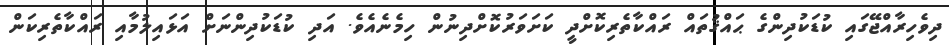
ދިވެހިރާއްޖޭގައި ކުޑަކުދިންގެ ޙައްޤުތައް ރައްކާތެރިކޮށްދީ ކަށަވަރުކޮށްދިނުން ހިމެނެއެވެ. އަދި ކުޑަކުދިންނަށް އަޅައިލުމާއި ރައްކާތެރިކަން